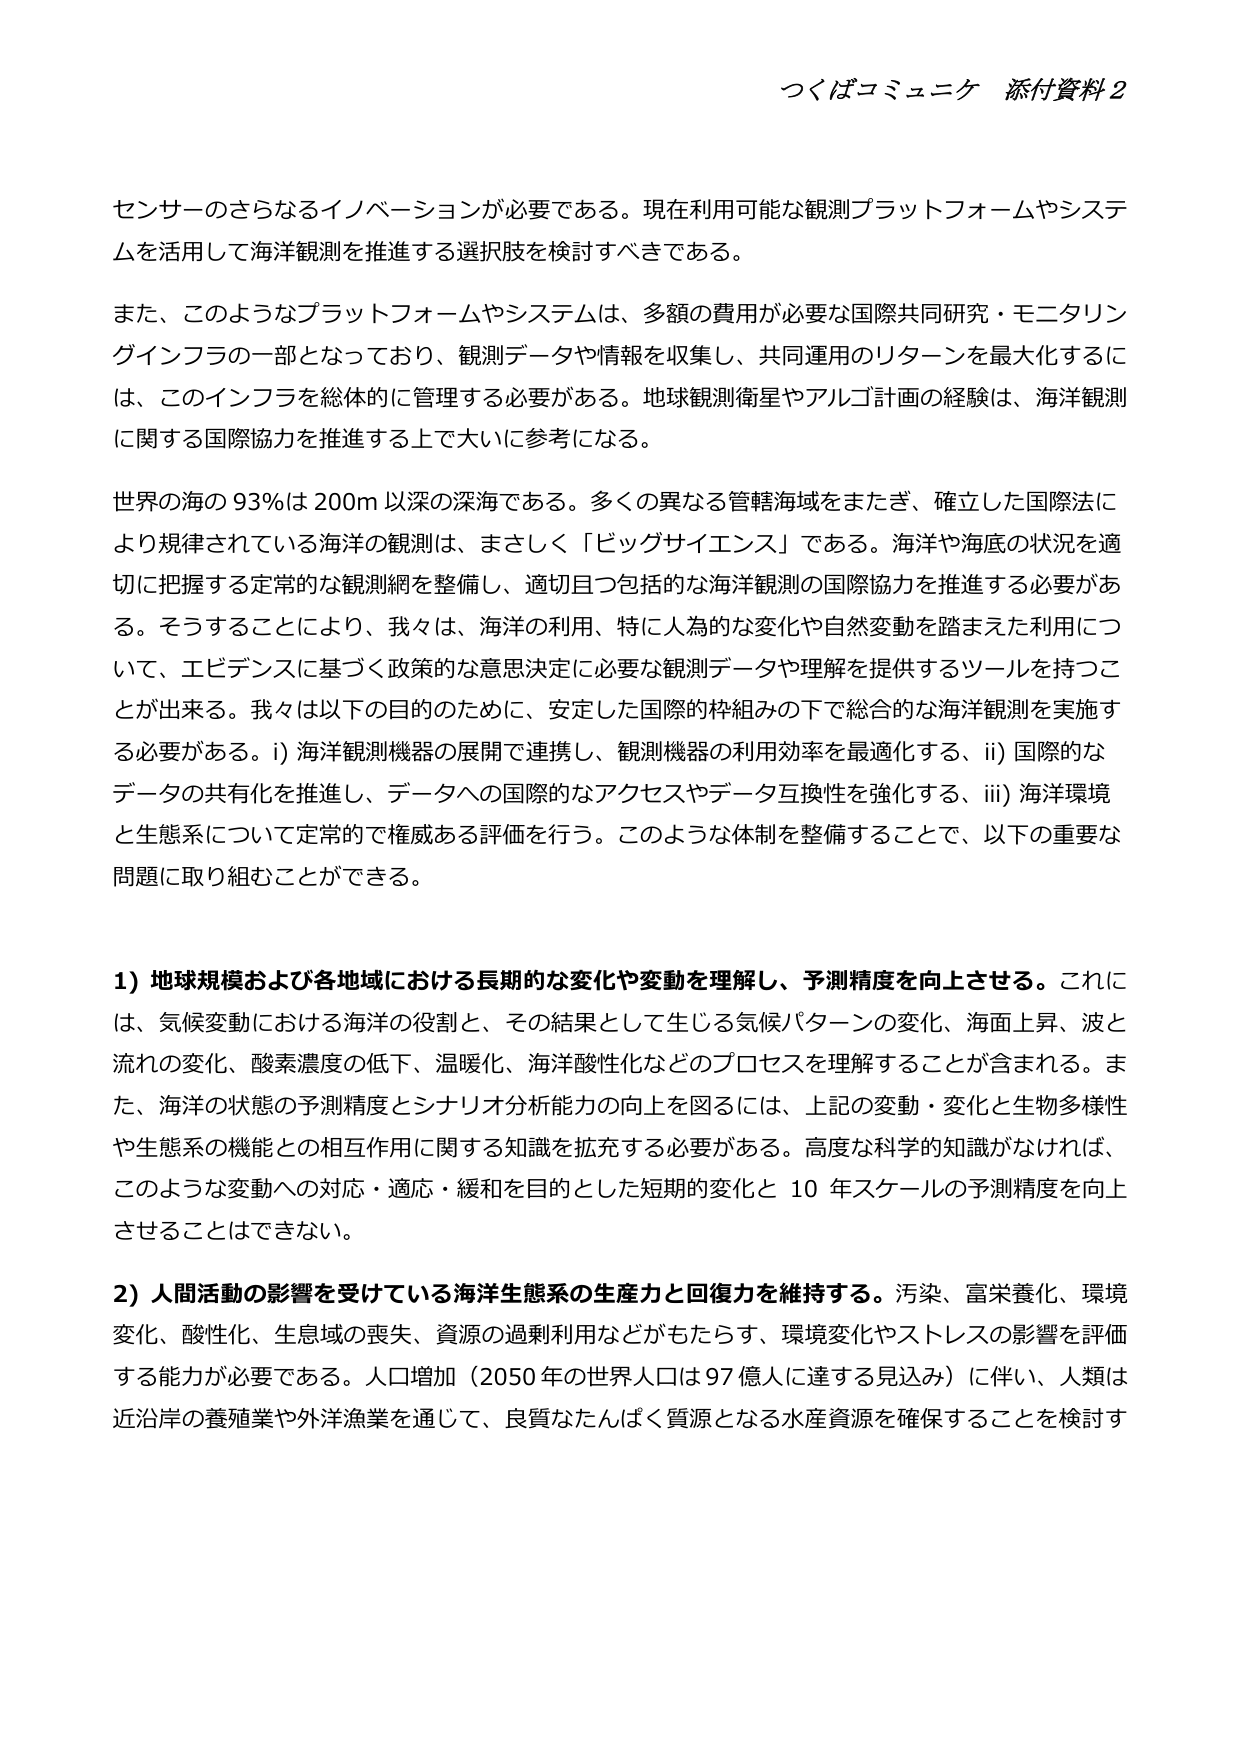
つくばコミュニケ 添付資料2

センサーのさらなるイノベーションが必要である。現在利用可能な観測プラットフォームやシステムを活用して海洋観測を推進する選択肢を検討すべきである。

また、このようなプラットフォームやシステムは、多額の費用が必要な国際共同研究・モニタリングインフラの一部となっており、観測データや情報を収集し、共同運用のリターンを最大化するには、このインフラを総体的に管理する必要がある。地球観測衛星やアルゴ計画の経験は、海洋観測に関する国際協力を推進する上で大いに参考になる。

世界の海の93％は200m以深の深海である。多くの異なる管轄海域をまたぎ、確立した国際法により規律されている海洋の観測は、まさしく「ビッグサイエンス」である。海洋や海底の状況を適切に把握する定常的な観測網を整備し、適切且つ包括的な海洋観測の国際協力を推進する必要がある。そうすることにより、我々は、海洋の利用、特に人為的な変化や自然変動を踏まえた利用について、エビデンスに基づく政策的な意思決定に必要な観測データや理解を提供するツールを持つことが出来る。我々は以下の目的のために、安定した国際的枠組みの下で総合的な海洋観測を実施する必要がある。i) 海洋観測機器の展開で連携し、観測機器の利用効率を最適化する、ii) 国際的なデータの共有化を推進し、データへの国際的なアクセスやデータ互換性を強化する、iii) 海洋環境と生態系について定常的で権威ある評価を行う。このような体制を整備することで、以下の重要な問題に取り組むことができる。

1) 地球規模および各地域における長期的な変化や変動を理解し、予測精度を向上させる。これには、気候変動における海洋の役割と、その結果として生じる気候パターンの変化、海面上昇、波と流れの変化、酸素濃度の低下、温暖化、海洋酸性化などのプロセスを理解することが含まれる。また、海洋の状態の予測精度とシナリオ分析能力の向上を図るには、上記の変動・変化と生物多様性や生態系の機能との相互作用に関する知識を拡充する必要がある。高度な科学的知識がなければ、このような変動への対応・適応・緩和を目的とした短期的変化と10年スケールの予測精度を向上させることはできない。

2) 人間活動の影響を受けている海洋生態系の生産力と回復力を維持する。汚染、富栄養化、環境変化、酸性化、生息域の喪失、資源の過剰利用などがもたらす、環境変化やストレスの影響を評価する能力が必要である。人口増加（2050年の世界人口は97億人に達する見込み）に伴い、人類は近沿岸の養殖業や外洋漁業を通じて、良質なたんぱく質源となる水産資源を確保することを検討す